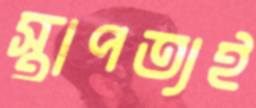
স্থাপত্যই